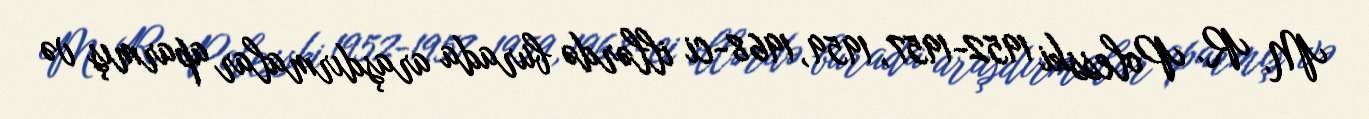
M. R. Polesski 1952-1957, 1959, 1968-ci illərdə burada araşdırmalar aparmış və